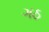
ગઠ